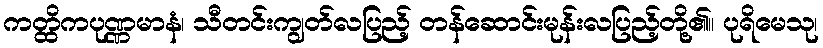
ကတ္ထိကပုဏ္ဏမာနံ၊ သီတင်းကျွတ်လပြည့် တန်ဆောင်းမုန်းလပြည့်တို့၏။ ပုရိမေသု၊